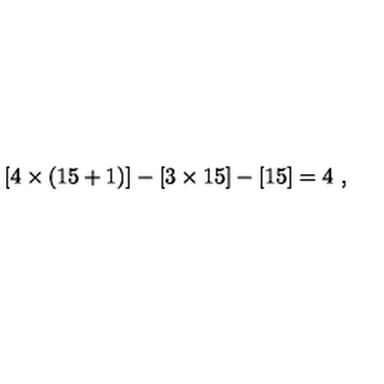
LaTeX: [ 4 \times ( 1 5 + 1 ) ] - [ 3 \times 1 5 ] - [ 1 5 ] = 4 \ ,